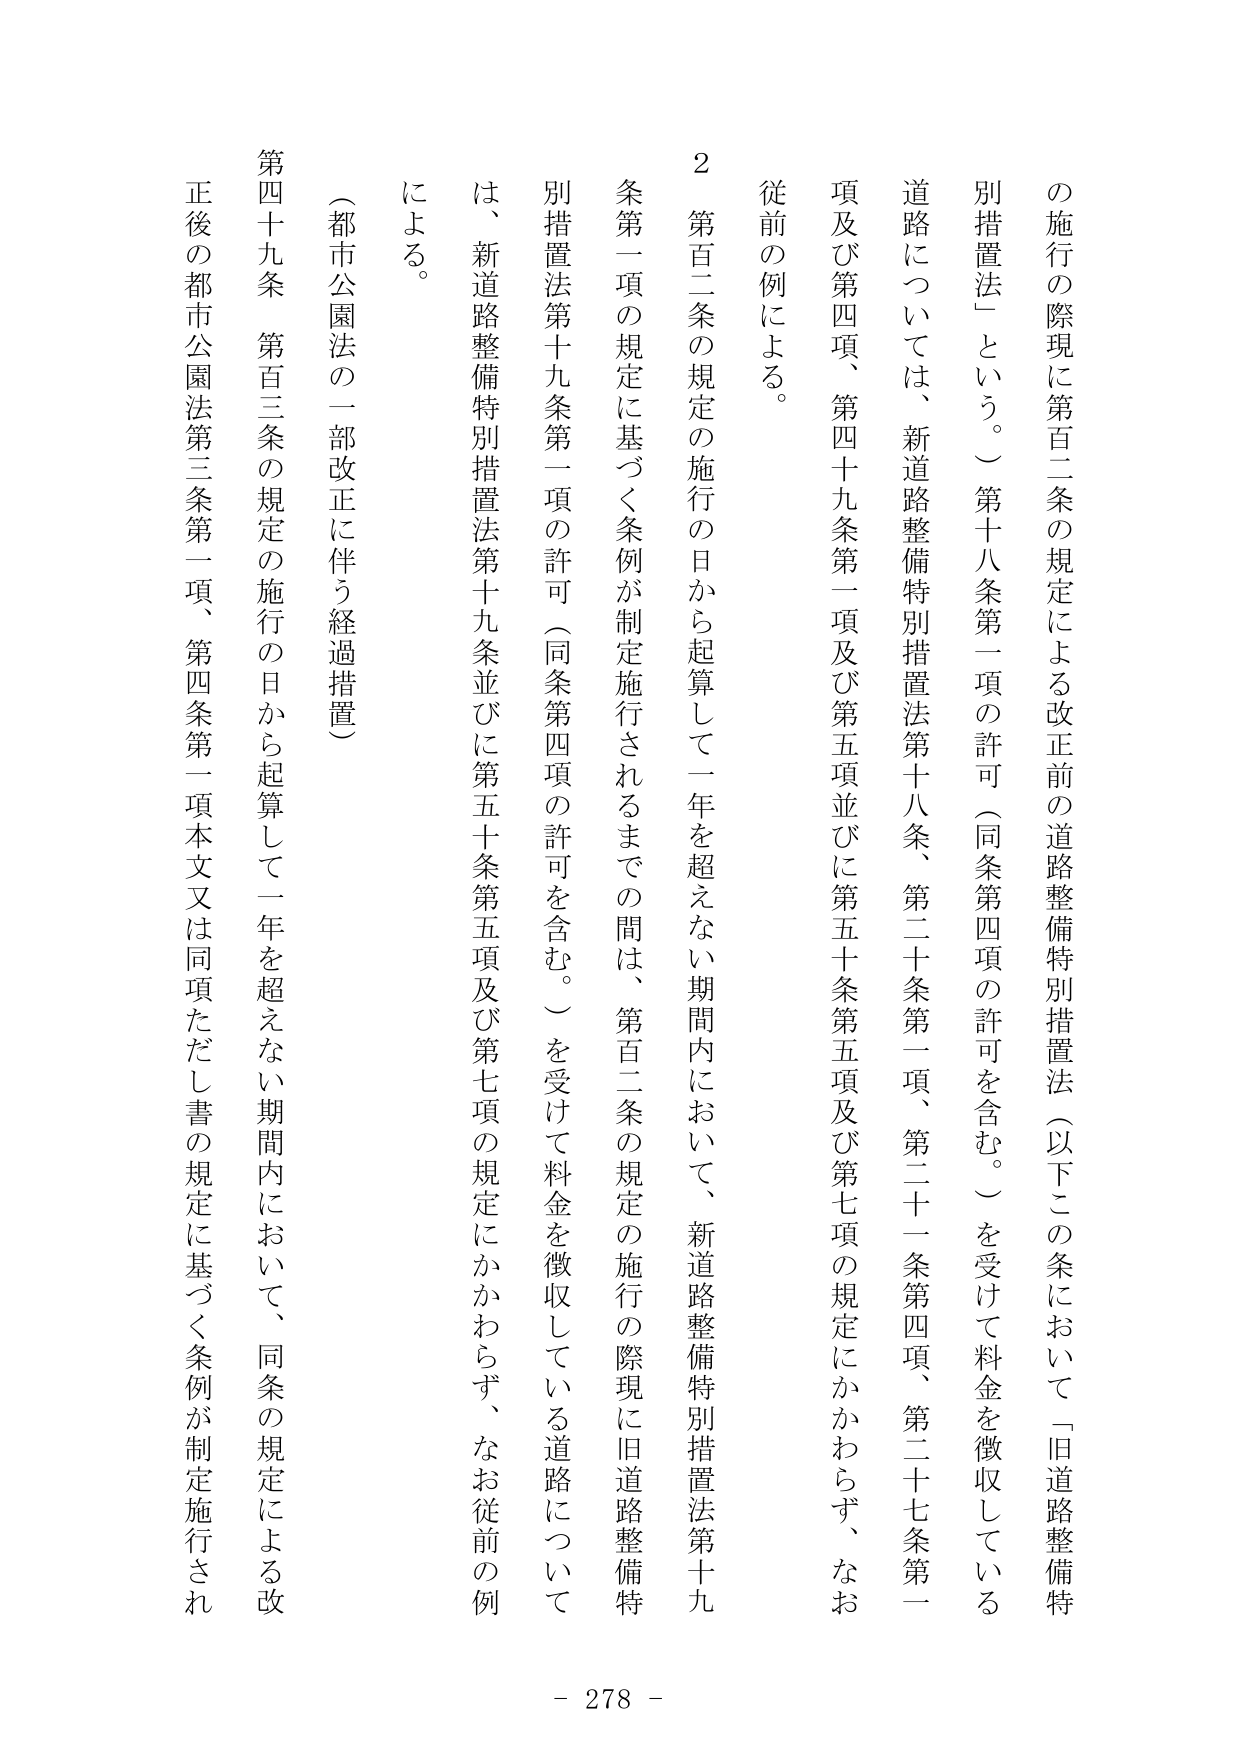
の施行の際現に第百二条の規定による改正前の道路整備特別措置法（以下この条において「旧道路整備特別措置法」という。）第十八条第一項の許可（同条第四項の許可を含む。）を受けて料金を徴収している道路については、新道路整備特別措置法第十八条、第二十条第一項、第二十一条第四項、第二十七条第一項及び第四項、第四十九条第一項及び第五項並びに第五十条第五項及び第七項の規定にかかわらず、なお従前の例による。

２ 第百二条の規定の施行の日から起算して一年を超えない期間内において、新道路整備特別措置法第十九条第一項の規定に基づく条例が制定施行されるまでの間は、第百二条の規定の施行の際現に旧道路整備特別措置法第十九条第一項の許可（同条第四項の許可を含む。）を受けて料金を徴収している道路については、新道路整備特別措置法第十九条並びに第五十条第五項及び第七項の規定にかかわらず、なお従前の例による。

（都市公園法の一部改正に伴う経過措置）

第四十九条 第百三条の規定の施行の日から起算して一年を超えない期間内において、同条の規定による改正後の都市公園法第三条第一項、第四条第一項本文又は同項ただし書の規定に基づく条例が制定施行され